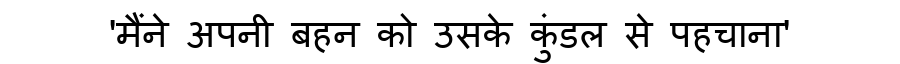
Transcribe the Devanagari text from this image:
'मैंने अपनी बहन को उसके कुंडल से पहचाना'